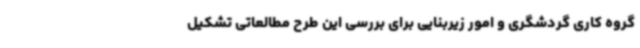
گروه کاری گردشگری و امور زیربنایی برای بررسی این طرح مطالعاتی تشکیل